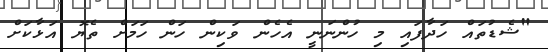
"ޝެޑުތައް ހަދާފައި މި ހުންނަނީ އެހެން ވަކިން ހަން ހަމަށް ތެޔޮ އަޅާކަށް